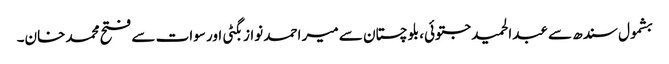
بشمول سندھ سے عبدالحمید جتوئی، بلوچستان سے میر احمد نواز بگٹی اور سوات سے فتح محمد خان۔